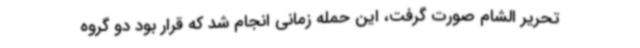
تحریر الشام صورت گرفت، این حمله زمانی انجام شد که قرار بود دو گروه